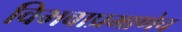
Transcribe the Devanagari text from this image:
विभवाप्रमाणेच